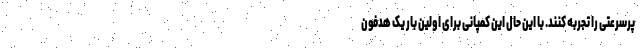
پرسرعتی را تجربه کنند. با این حال این کمپانی برای اولین بار یک هدفون